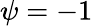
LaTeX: \psi=-1